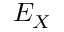
E _ { X }